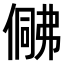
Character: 𠍟